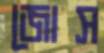
জোস